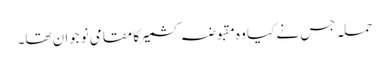
حملہ جس نے کیا وہ مقبوضہ کشمیر کا مقامی نوجوان تھا۔